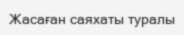
Жасаған саяхаты туралы